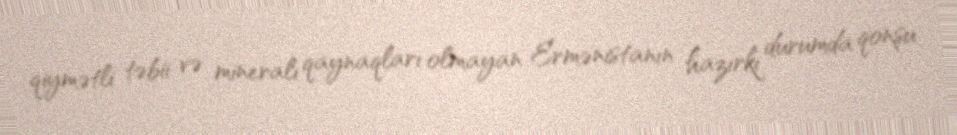
qiymətli təbii və mineralı qaynaqları olmayan Ermənistanın hazırkı durumda qonşu